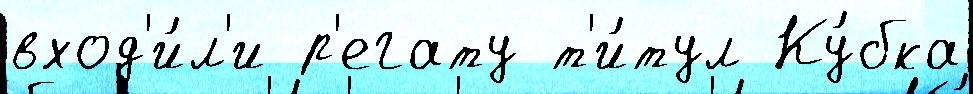
вход'и́л'и р'егату т'и́тул Ку́бка